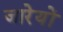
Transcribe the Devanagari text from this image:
जारेयों